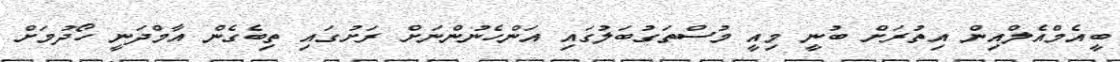
ބީއެމްއެލްއިން އިތުރަށް ބުނީ މިއީ މުސްތަގުބަލުގައި އަންހެނުންނަށް ރަށުގައި ތިބެގެން އާމްދަނީ ހޯދުމަށް